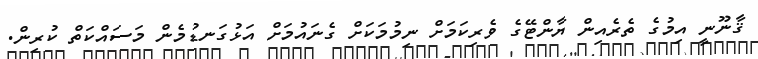
ޤާނޫނީ އިމުގެ ތެރެއިން ޔާންޓޭގެ ވެރިކަމަށް ނިމުމަކަށް ގެނައުމަށް އަޅުގަނޑުމެން މަސައްކަތް ކުރިން.